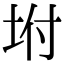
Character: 坿